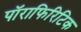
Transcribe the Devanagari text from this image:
पॉराफिरिटिक